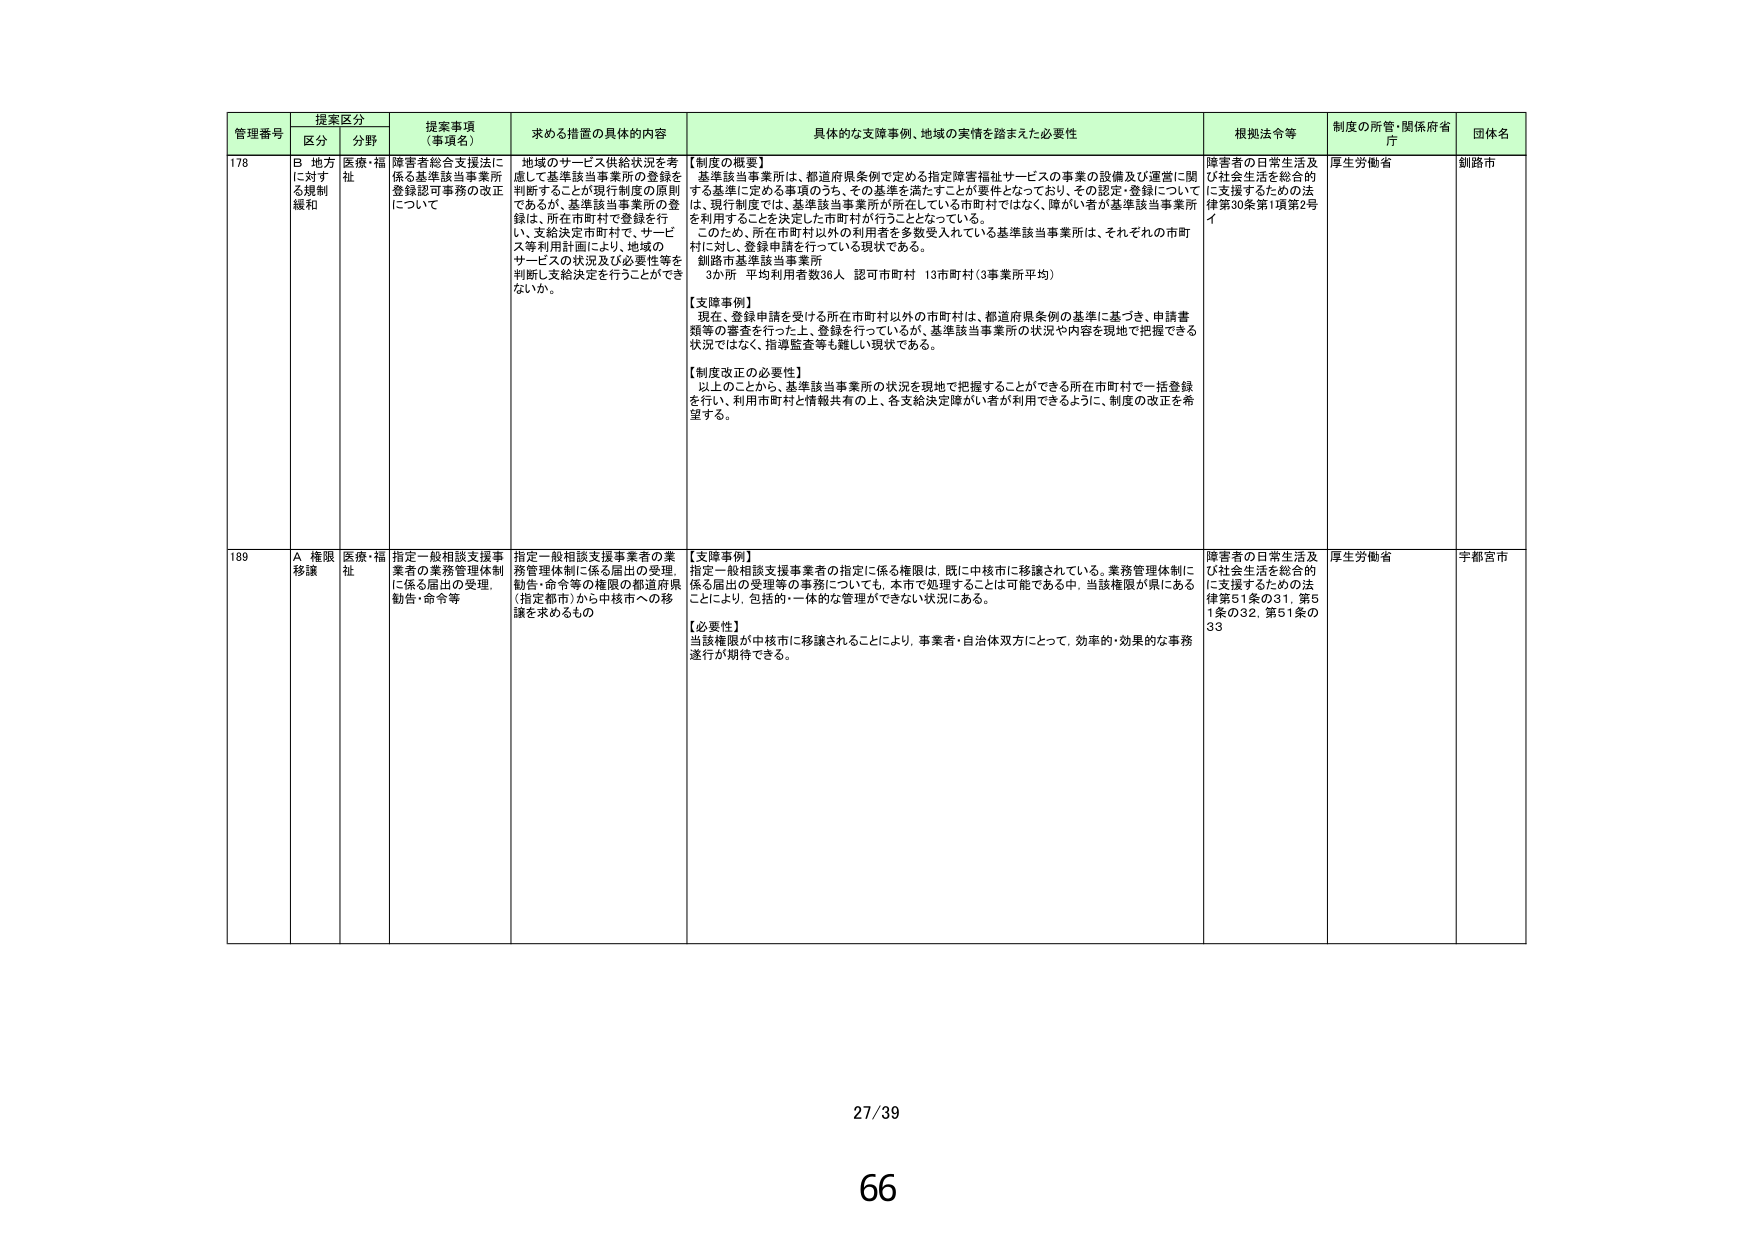
管理番号 提案区分 提案事項（事項名） 求める措置の具体的内容 具体的な支援事例、地域の実情を踏まえた必要性 根拠法令等 制度の所管・関係府省庁 団体名
区分 分野
178 B 地方に対する規制緩和 医療・福祉 障害者総合支援法に係る基準該当事業所登録認可事務の改正について 地域のサービス供給状況を考慮して基準該当事業所の登録を判断することが現行制度の原則であるが、基準該当事業所の登録は、所在市町村で登録を行い、支給決定市町村で、サービス等利用計画により、地域のサービスの状況及び必要性等を判断し支給決定を行うことができないか。 【制度の概要】 基準該当事業所は、都道府県条例で定める指定障害福祉サービスの事業の設備及び運営に関する基準に定める事項のうち、その基準を満たすことが要件となっており、その認定・登録について、現行制度では、基準該当事業所が所在している市町村ではなく、障がい者が基準該当事業所を利用することを決定した市町村が行うこととなっている。 このため、所在市町村以外の利用者を多数受入れている基準該当事業所は、それぞれの市町村に対し、登録申請を行っている現状である。 釧路市基準該当事業所 3か所 平均利用者数36人 認可市町村 13市町村（3事業所平均） 【支援事例】 現在、登録申請を受ける所在市町村以外の市町村は、都道府県条例の基準に基づき、申請書類等の審査を行った上、登録を行っているが、基準該当事業所の状況や内容を現地で把握できる状況ではなく、指導監査等も難しい現状である。 【制度改正の必要性】 以上のことから、基準該当事業所の状況を現地で把握することができる所在市町村で一括登録を行い、利用市町村と情報共有の上、各支給決定障がい者が利用できるように、制度の改正を希望する。 障害者の日常生活及び社会生活を総合的に支援するための法律第30条第1項第2号イ 厚生労働省 釧路市
189 A 権限移譲 医療・福祉 指定一般相談支援事業者の業務管理体制に係る届出の受理、勧告・命令等 指定一般相談支援事業者の業務管理体制に係る届出の受理、勧告・命令等の権限の都道府県（指定都市）から中核市への移譲を求めるもの 【支援事例】 指定一般相談支援事業者の指定に係る権限は、既に中核市に移譲されている。業務管理体制に係る届出の受理等の事務についても、本市で処理することは可能である中、当該権限が県にあることにより、包括的・一体的な管理ができない状況にある。 【必要性】 当該権限が中核市に移譲されることにより、事業者・自治体双方にとって、効率的・効果的な事務遂行が期待できる。 障害者の日常生活及び社会生活を総合的に支援するための法律第51条の31、第51条の32、第51条の33 厚生労働省 宇都宮市
27/39
66